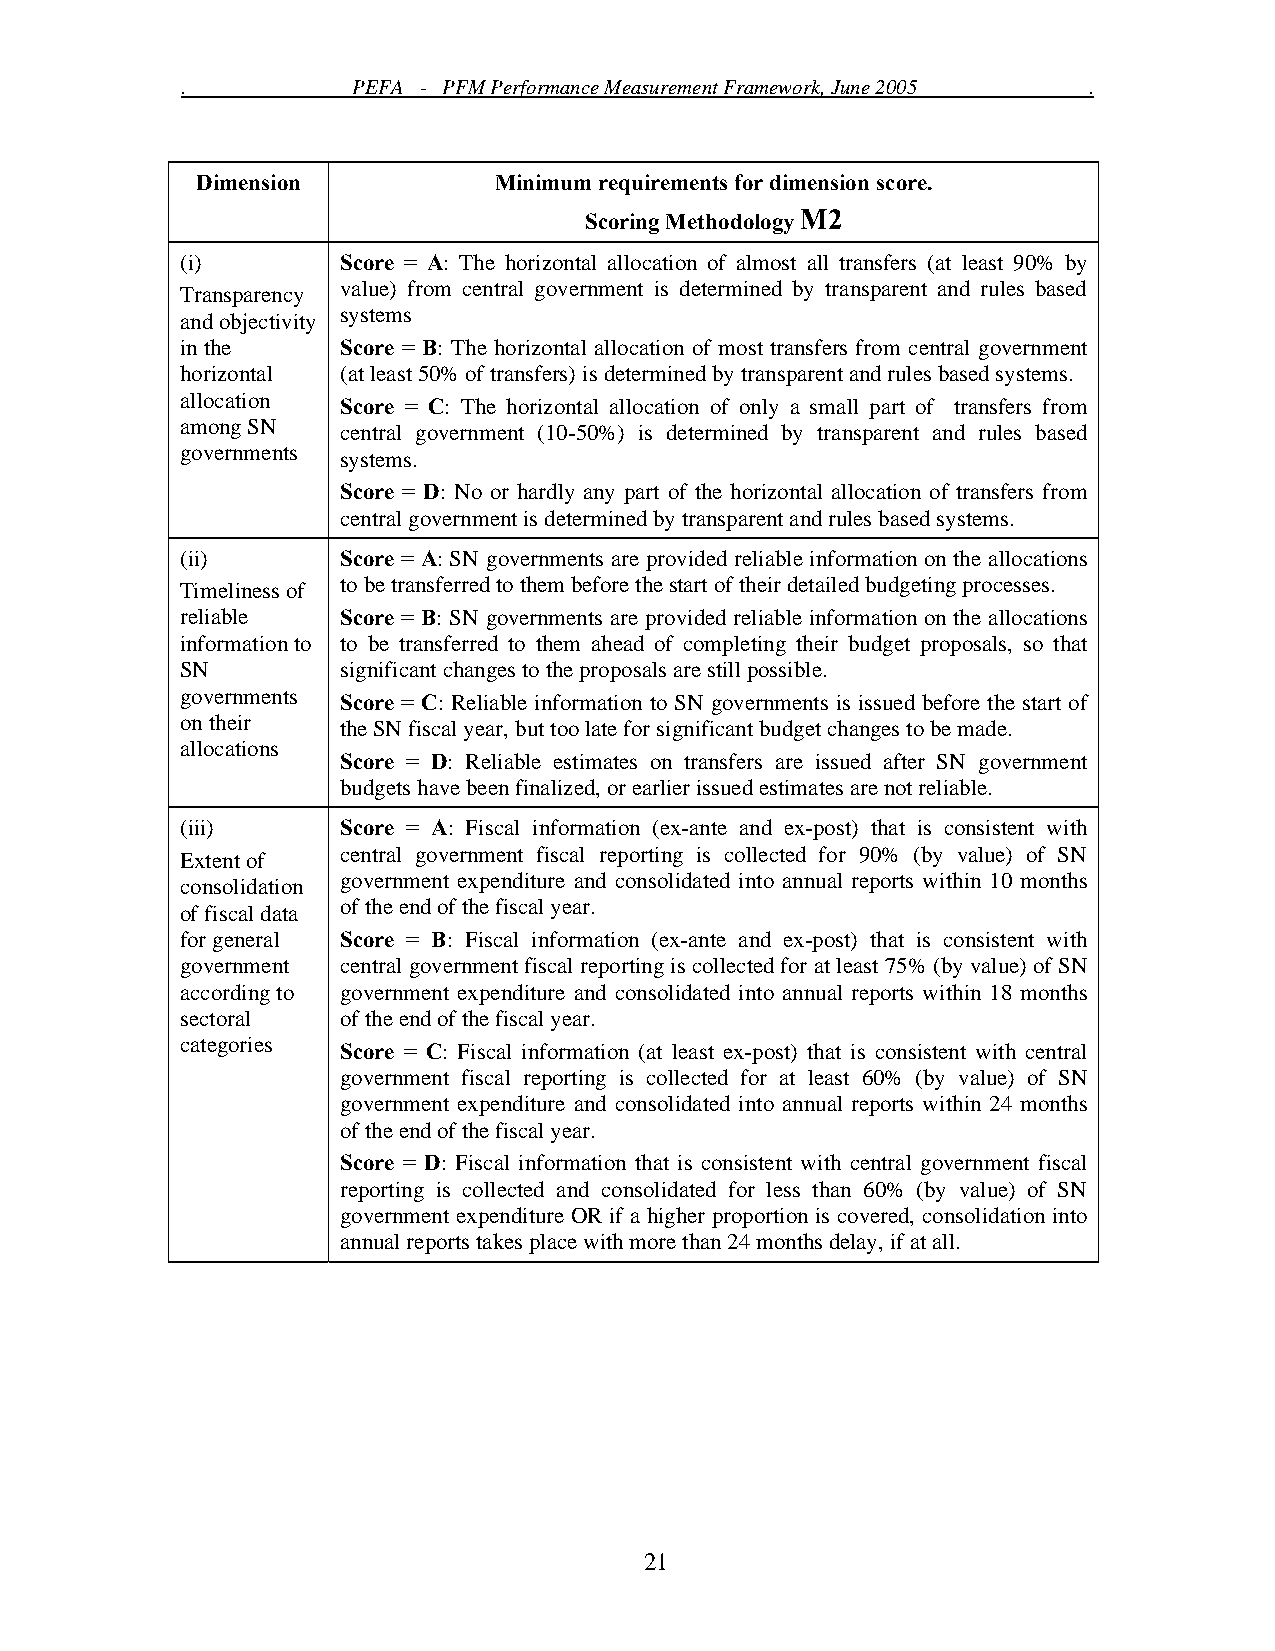
.          PEFA - PFM Performance Measurement Framework, June 2005 .
 Dimension           Minimum requirements for dimension score.
 Scoring Methodology M2
 (i)        Score = A: The horizontal allocation of almost all transfers (at least 90% by
 value) from central government is determined by transparent and rules based
 Transparency
 systems
 and objectivity
 in the     Score = B: The horizontal allocation of most transfers from central government
 horizontal (at least 50% of transfers) is determined by transparent and rules based systems.
 allocation
 Score = C: The horizontal allocation of only a small part of transfers from
 among SN
 central government (10-50%) is determined by transparent and rules based
 governments
 systems.
 Score = D: No or hardly any part of the horizontal allocation of transfers from
 central government is determined by transparent and rules based systems.
 (ii)       Score = A: SN governments are provided reliable information on the allocations
 to be transferred to them before the start of their detailed budgeting processes.
 Timeliness of
 reliable   Score = B: SN governments are provided reliable information on the allocations
 information to to be transferred to them ahead of completing their budget proposals, so that
 SN         significant changes to the proposals are still possible.
 governments
 Score = C: Reliable information to SN governments is issued before the start of
 on their
 the SN fiscal year, but too late for significant budget changes to be made.
 allocations
 Score = D: Reliable estimates on transfers are issued after SN government
 budgets have been finalized, or earlier issued estimates are not reliable.
 (iii)      Score = A: Fiscal information (ex-ante and ex-post) that is consistent with
 central government fiscal reporting is collected for 90% (by value) of SN
 Extent of
 government expenditure and consolidated into annual reports within 10 months
 consolidation
 of the end of the fiscal year.
 of fiscal data
 for general Score = B: Fiscal information (ex-ante and ex-post) that is consistent with
 government central government fiscal reporting is collected for at least 75% (by value) of SN
 according to government expenditure and consolidated into annual reports within 18 months
 sectoral   of the end of the fiscal year.
 categories
 Score = C: Fiscal information (at least ex-post) that is consistent with central
 government fiscal reporting is collected for at least 60% (by value) of SN
 government expenditure and consolidated into annual reports within 24 months
 of the end of the fiscal year.
 Score = D: Fiscal information that is consistent with central government fiscal
 reporting is collected and consolidated for less than 60% (by value) of SN
 government expenditure OR if a higher proportion is covered, consolidation into
 annual reports takes place with more than 24 months delay, if at all.
 21